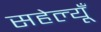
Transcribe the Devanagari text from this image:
सहेल्यूँ